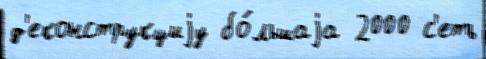
д'еконструкциjу бо́льшаjа 2000 с'еть